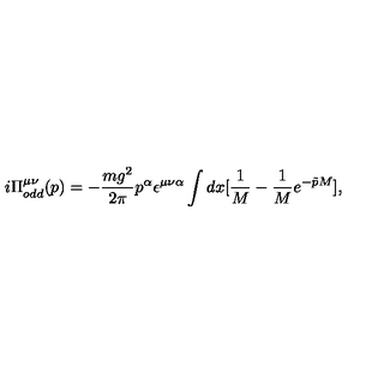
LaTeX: i \Pi _ { o d d } ^ { \mu \nu } ( p ) = - \frac { m g ^ { 2 } } { 2 \pi } p ^ { \alpha } \epsilon ^ { \mu \nu \alpha } \int d x [ \frac { 1 } { M } - \frac { 1 } { M } e ^ { - \tilde { p } M } ] ,